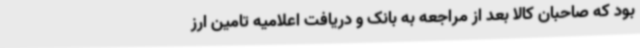
بود که صاحبان کالا بعد از مراجعه به بانک و دریافت اعلامیه تامین ارز